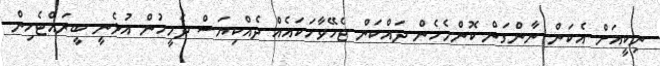
ނިކީއަށް އެކަން ނާންގަން ކޮންމެހެން ދައްކަން ޖެހޭވާހަކައެއް ދެއްކިޔަސް ދެމީހުން އުޅެނީ ބީރައްޓެހިން